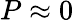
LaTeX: P\approx 0